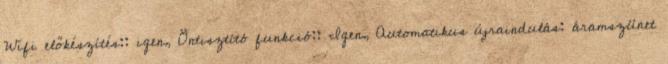
Wifi előkészítés:: igen, Öntisztító funkció:: Igen, Automatikus újraindulás: áramszünet